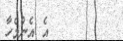
٣٨        އެ އެންމެހާ